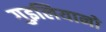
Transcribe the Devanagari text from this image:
गुइलियानो